Medical and sanitary report of the native army of Bengal for the year
Year: 1875
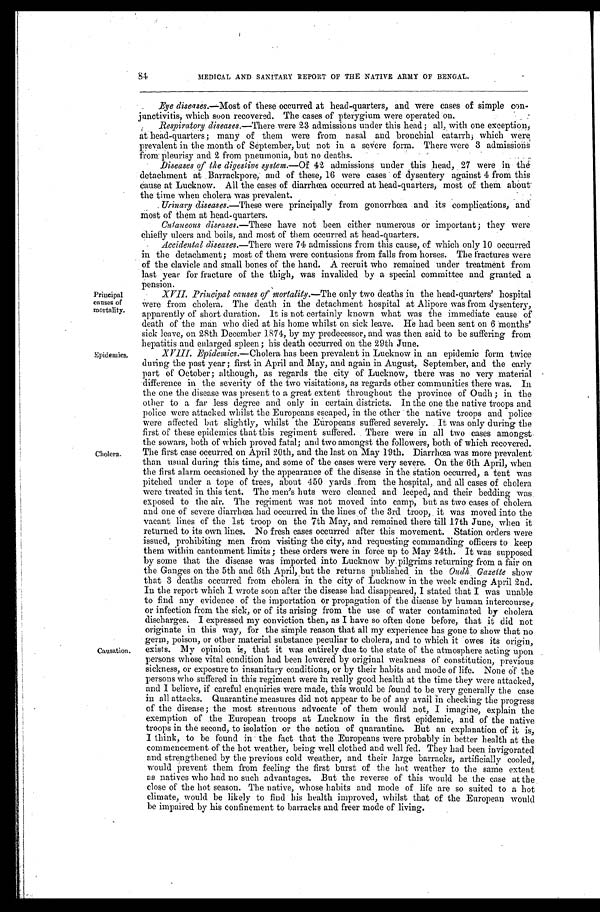
Principal
causes of
mortality.
Epidemics.
Cholera.
Causation.
MEDICAL AND SANITARY REPORT OF THE NATIVE ARMY OF BENGAL.
Eye diseases.—Most of these occurred at head-quarters, and were cases of simple con
- j u n c t i v i t i s , w h i c h s o o n r e c o v e r e d . T h e c a s e s o f p t e r y g i u m w e r e o p e r a t e d o n .
Respiratory diseases.—There were 23 admissions under this head; all, with one exception,
at head-quarters; many of them were from nasal and bronchial catarrh; which were
prevalent in the month of September, but not in a severe form. There were 3 admissions
from pleurisy and 2 from pneumonia, but no deaths.
Diseases of the digestive system.—Of 42 admissions under this head, 27 were in the
detachment at Barrackpore, and of these, 16 were cases of dysentery against 4 from this
cause at Lucknow. All the cases of diarrhœa occurred at head-quarters, most of them about
the time when cholera was prevalent.
Urinary diseases.—These were principally from gonorrhœa and its complications, and
most of them at head-quarters.
Cutaneous diseases.—These have not been either numerous Or important; they were
chiefly ulcers and boils, and most of them occurred at head-quarters.
Accidental diseases.— There were 74 admissions from this cause, of which only 10 occurred
in the detachment; most of them were contusions from falls from horses. The fractures were
of the clavicle and small bones of the hand. A recruit who remained under treatment from
last year for fracture of the thigh, was invalided by a special committee and granted a
pension.
XVII. Principal causes of mortality.— The only two deaths in the head-quarters' hospital
were from cholera. The death in the detachment hospital at Alipore was from dysentery,
apparently of short duration. It is not certainly known what was the immediate cause of
death of the man who died at his home whilst on sick leave. He had been sent on 6 months'
sick leave, on 28th December 1874, by my predecessor, and was then said to be suffering from
hepatitis and enlarged spleen; his death occurred on the 29th June.
X XVIII. Epidemics.—Cholera has been prevalent in Lucknow in an epidemic form twice
during the past year; first in April and May, and again in August, September, and the early
part of October; although, as regards the city of Lucknow, there was no very material
difference in the severity of the two visitations, as regards other communities there was. In
the one the disease was present to a great extent throughout the province of Oudh; in the
other to a far less degree and only in certain districts. In the one the native troops and
police were attacked whilst the Europeans escaped, in the other the native troops and police
were affected but slightly, whilst the Europeans suffered severely. It was only during the
first of these epidemics that this regiment suffered. There were in all two cases amongst
the sowars, both of which proved fatal; and two amongst the followers, both of which recovered.
The first case occurred on April 20th, and the last on May 19th. Diarrhœa was more prevalent
than usual during this time, and some of the cases were very severe. On the 6th April, when
the first alarm occasioned by the appearance of the disease in the station occurred, a tent was
pitched under a tope of trees, about 450 yards from the hospital, and all cases of cholera
were treated in this tent. The men's huts were cleaned and leeped, and their bedding was
exposed to the air. The regiment was not moved into camp, but as two cases of cholera
and one of severe diarrhœa had occurred in the lines of the 3rd troop, it was moved into the
vacant lines of the 1st troop on the 7th May, and remained there till 17th June, when it
returned to its own lines. No fresh cases occurred after this movement. Station orders were
issued, prohibiting men from visiting the city, and requesting commanding officers to keep
them within cantonment limits; these orders were in force up to May 24th. It was supposed
by some that the disease was imported into Lucknow by pilgrims returning from a fair on
the Ganges on the 5th and 6th April, but the returns published in the Oudh Gazette show
that 3 deaths occurred from cholera in the city of Lucknow in the week ending April 2nd.
In the report which I wrote soon after the disease had disappeared, I stated that I was unable
to find any evidence of the importation or propagation of the disease by human intercourse,
or infection from the sick, or of its arising from the use of water contaminated by cholera
discharges. I expressed my conviction then, as I have so often done before, that it did not
originate in this way, for the simple reason that all my experience has gone to show that no
germ, poison, or other material substance peculiar to cholera, and to which it owes its origin,
exists. My opinion is, that it was entirely due to the state of the atmosphere acting upon
persons whose vital condition had been lowered by original weakness of constitution, previous
sickness, or exposure to insanitary conditions, or by their habits and mode of life. None of the
persons who suffered in this regiment were in really good health at the time they were attacked,
and I believe, if careful enquiries were made, this would be found to be very generally the case
in all attacks. Quarantine measures did not appear to be of any avail in checking the progress
of the disease; the most strenuous advocate of them would not, I imagine, explain the
exemption of the European troops at Lucknow in the first epidemic, and of the native
troops in the second, to isolation or the action of quarantine. But an explanation of it is,
I think, to be found in the fact that the Europeans were probably in better health at the
commencement of the hot weather, being well clothed and well fed. They had been invigorated
and strengthened by the previous cold weather, and their large barracks, artificially cooled,
would prevent them from feeling the first burst of the hot weather to the same extent
as natives who had no such advantages. But the reverse of this would be the case at the
close of the hot season. The native, whose habits and mode of life are so suited to a hot
climate, would be likely to find his health improved, whilst that of the European would
be impaired by his confinement to barracks and freer mode of living.